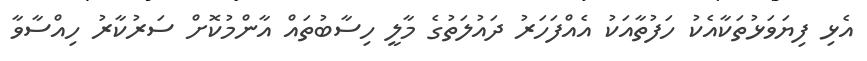
އެޅި ފިޔަވަޅުތަކާއެކު ހަފުތާއަކު އެއްފަހަރު ދައުލަތުގެ މާލީ ހިސާބުތައް އާންމުކޮށް ސަރުކާރު ހިއްސާވާ